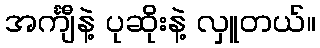
အင်္ကျီနဲ့ ပုဆိုးနဲ့ လှူတယ်။